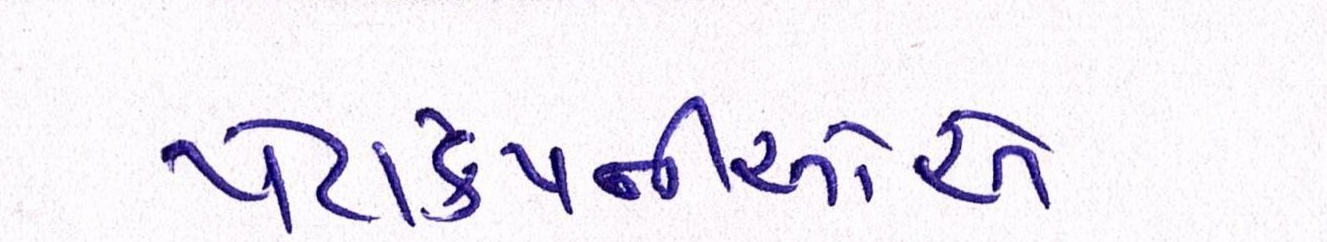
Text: પેટાકંપનીઓએ